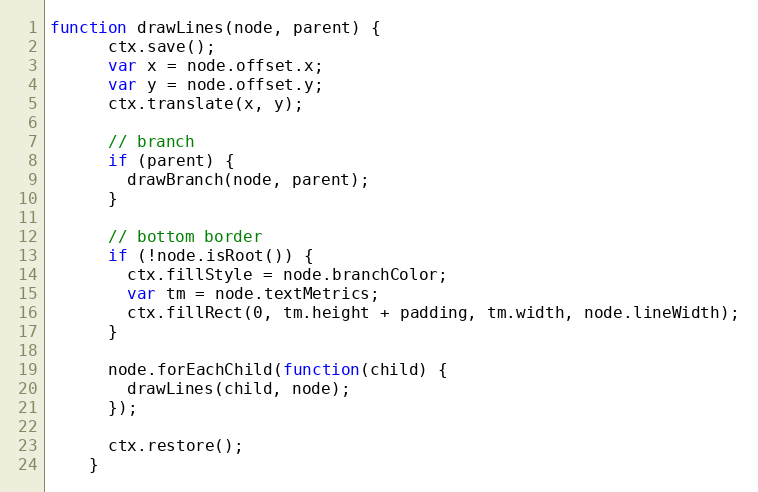
Language: JavaScript
function drawLines(node, parent) {
      ctx.save();
      var x = node.offset.x;
      var y = node.offset.y;
      ctx.translate(x, y);

      // branch
      if (parent) {
        drawBranch(node, parent);
      }

      // bottom border
      if (!node.isRoot()) {
        ctx.fillStyle = node.branchColor;
        var tm = node.textMetrics;
        ctx.fillRect(0, tm.height + padding, tm.width, node.lineWidth);
      }

      node.forEachChild(function(child) {
        drawLines(child, node);
      });

      ctx.restore();
    }